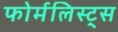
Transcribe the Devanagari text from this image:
फोर्मलिस्ट्स